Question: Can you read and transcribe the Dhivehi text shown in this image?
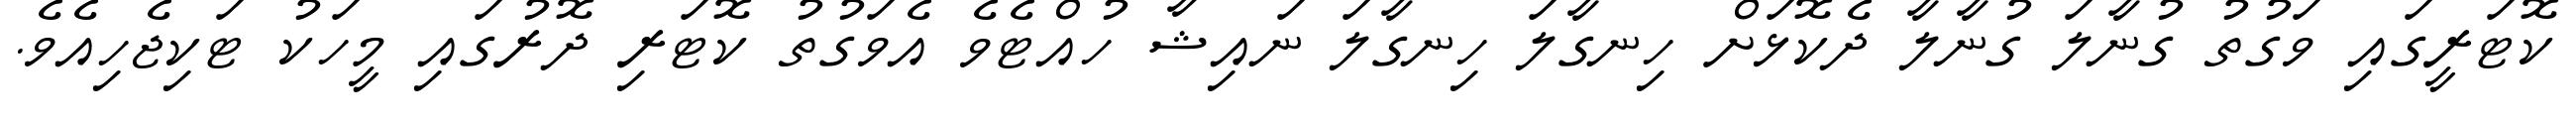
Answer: ކޮޓަރީގައި ވަގުތު ގުނާލަ ގުނާލާ ދެކޮޅަށް ހިނގާލަ ހިނގާލަ ނައިޝާ ހުއްޓެވެ އެވަގުތު ކޮޓަރި ދޮރުގައި މީހަކު ޓަކިޖެހިއެވެ.